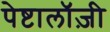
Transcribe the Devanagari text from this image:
पेष्टालॉज़ी